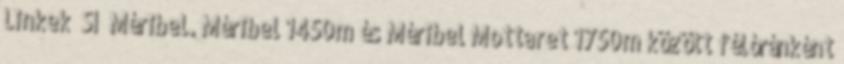
Linkek Sí Méribel. Méribel 1450m és Méribel Mottaret 1750m között félóránként